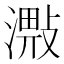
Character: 𣽠